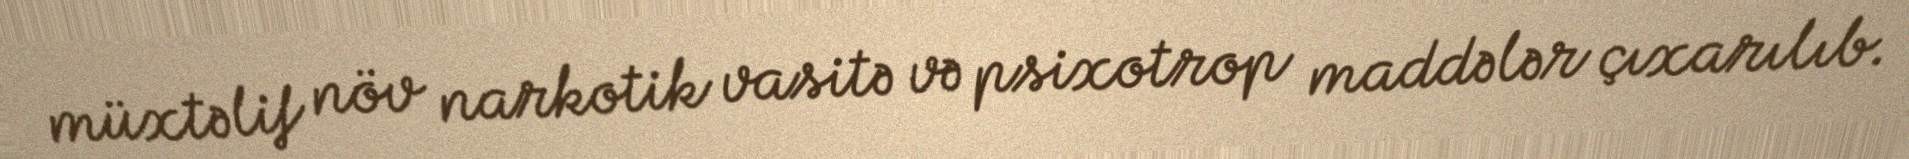
müxtəlif növ narkotik vasitə və psixotrop maddələr çıxarılıb.